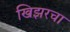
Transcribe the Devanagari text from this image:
खिझरचा